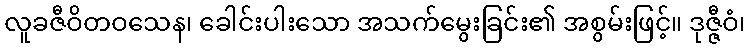
လူခဇီဝိတဝသေန၊ ခေါင်းပါးသော အသက်မွေးခြင်း၏ အစွမ်းဖြင့်။ ဒုဇ္ဇီဝံ၊